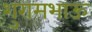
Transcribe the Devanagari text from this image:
शुरामभाऊ